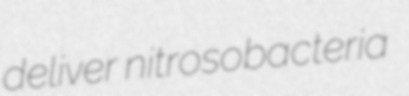
deliver nitrosobacteria